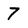
Character: 7